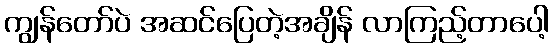
ကျွန်တော်ပဲ အဆင်ပြေတဲ့အချိန် လာကြည့်တာပေါ့